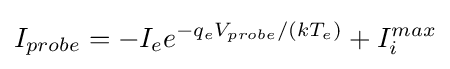
I_{probe}=-I_{e}e^{-q_{e}V_{probe}/(kT_{e})}+I_{i}^{max}